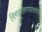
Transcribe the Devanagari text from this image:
विमानअपघातांतील